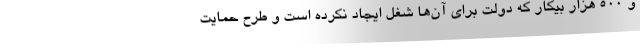
و ۵۰۰ هزار بیکار که دولت برای آن‌ها شغل ایجاد نکرده است و طرح حمایت